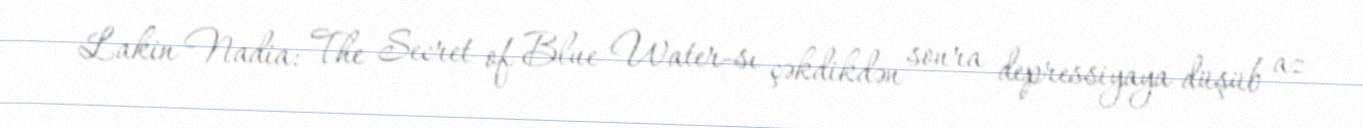
Lakin Nadia: The Secret of Blue Water-sı çəkdikdən sonra depressiyaya düşüb az